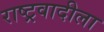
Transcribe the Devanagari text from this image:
राष्ट्रवादीला